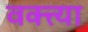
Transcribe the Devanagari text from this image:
वक्त्त्या